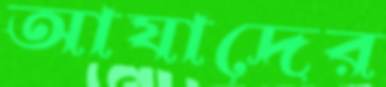
আযাদের